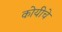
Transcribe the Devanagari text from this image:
कोयीचे